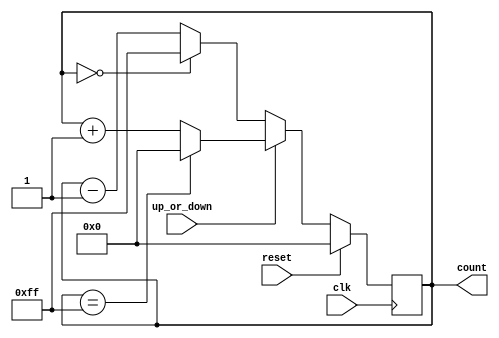
module up_or_down_counter
    #(parameter N=8)
    (
    input clk,reset,up_or_down,
    output reg [N-1:0] count
    );
    
initial
    count = 0;
always @(posedge clk)
    if (reset)
        count <= 0;
    else
        begin
                count <= (up_or_down) ? ((count == (2**N)-1) ? 0 : count + 1) : ((count == 0) ? (2**N)-1: count-1);  
        end
endmodule